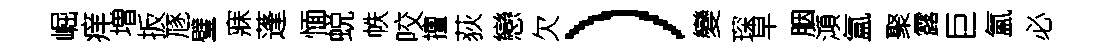
崛痒増扳豗璧寐蓬愐蜕帙咬擅荻戀欠）變琛早胭澒氲聚露巨氳必